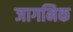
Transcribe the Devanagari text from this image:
जागनिक